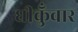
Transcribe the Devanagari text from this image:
धीकुँवार